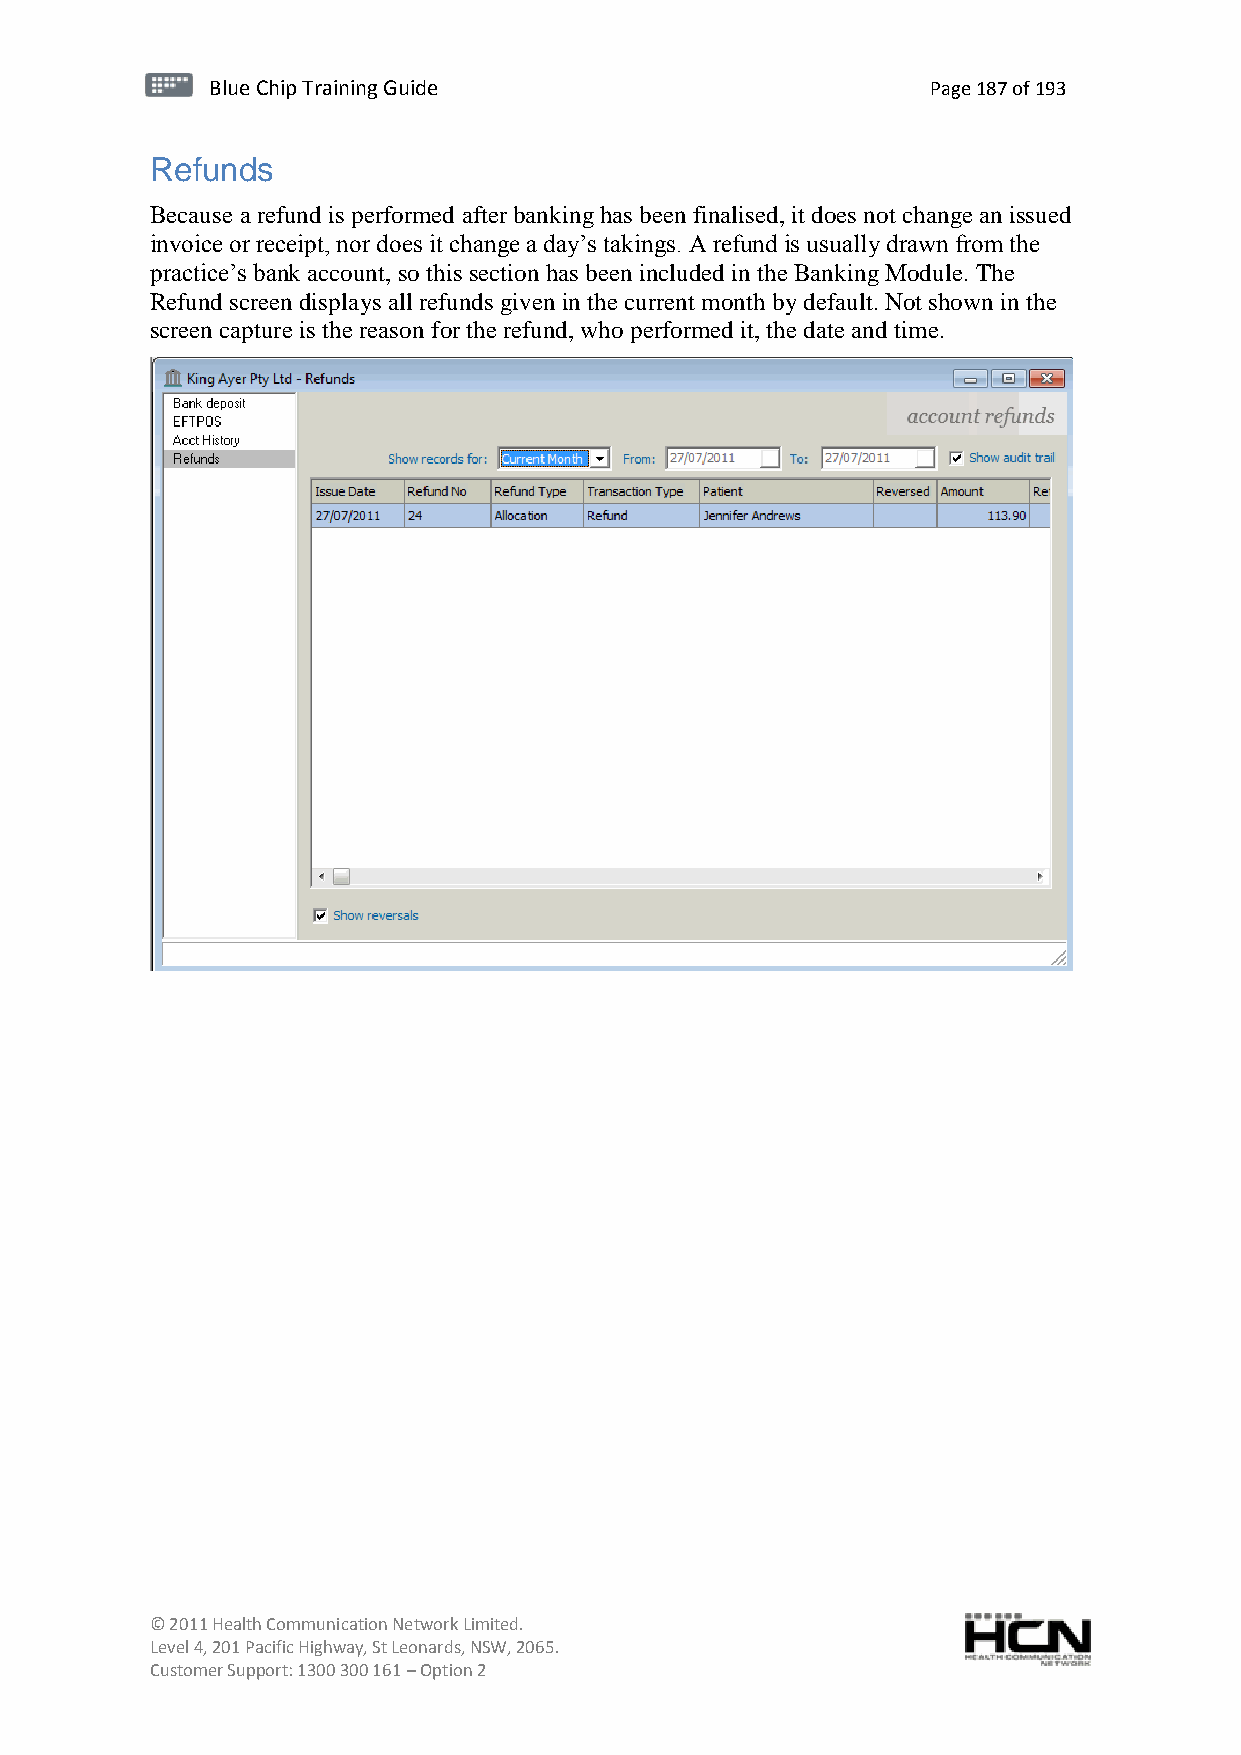
BBlluuee C Chihpi pTr Tairnainingi Gnugi dGeu ide Page 187 of 193
 Refunds
 Because a refund is performed after banking has been finalised, it does not change an issued
 invoice or receipt, nor does it change a day’s takings. A refund is usually drawn from the
 practice’s bank account, so this section has been included in the Banking Module. The
 Refund screen displays all refunds given in the current month by default. Not shown in the
 screen capture is the reason for the refund, who performed it, the date and time.
 © 2011 Health Communication Network Limited.
 Level 4, 201 Pacific Highway, St Leonards, NSW, 2065.
 Customer Support: 1300 300 161 – Option 2